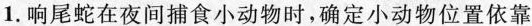
1.响尾蛇在夜间捕食小动物时，确定小动物位置依靠